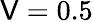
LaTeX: \mathsf{V}=0.5